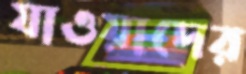
যাওয়াদের